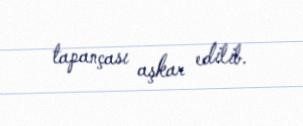
tapançası aşkar edilib.